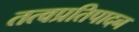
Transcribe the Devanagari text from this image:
तत्वप्रतिपादन